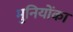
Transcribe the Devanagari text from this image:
मुनियोंका